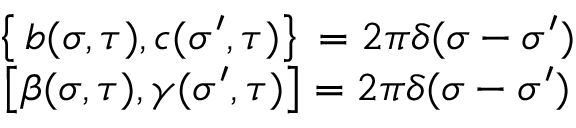
\begin{array} { c c } { { \left\{ \, b ( \sigma , \tau ) , c ( { \sigma } ^ { \prime } , \tau ) \right\} \, = 2 \pi \delta ( \sigma - { \sigma } ^ { \prime } ) } } & { { } } \\ { { \left[ \beta ( \sigma , \tau ) , \gamma ( { \sigma } ^ { \prime } , \tau ) \right] = 2 \pi \delta ( \sigma - { \sigma } ^ { \prime } ) } } & { { } } \end{array}